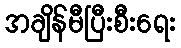
အချိန်မီပြီးစီးရေး